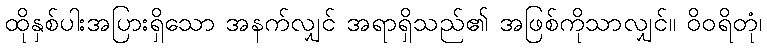
ထိုနှစ်ပါးအပြားရှိသော အနက်လျှင် အရာရှိသည်၏ အဖြစ်ကိုသာလျှင်။ ဝိဝရိတုံ၊